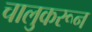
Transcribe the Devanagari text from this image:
चालुकरून